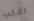
اقلب